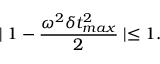
\mid 1 - \frac { \omega ^ { 2 } \delta t _ { m a x } ^ { 2 } } { 2 } \mid \leq 1 .